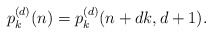
\begin{align*}p^{(d)}_k(n)=p^{(d)}_k(n+dk,d+1).\end{align*}